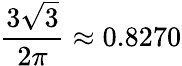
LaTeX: {\frac{3{\sqrt{3}}}{2\pi}}\approx 0.8270